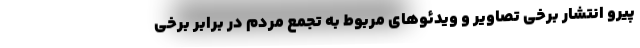
پیرو انتشار برخی تصاویر و ویدئوهای مربوط به تجمع مردم در برابر برخی